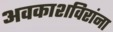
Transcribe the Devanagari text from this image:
अवकाशविरांना